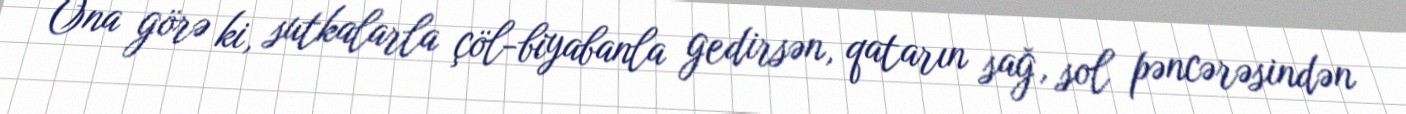
Ona görə ki, sutkalarla çöl-biyabanla gedirsən, qatarın sağ, sol pəncərəsindən